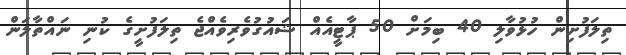
ތިލަފުށިން ހުޅުވާލި 40 ބިމަށް 50 ޕާޓީއެއް ޝައުގުވެރިވެއްޖެ ތިލަފުށީގެ ކުނި ނައްތާލަން